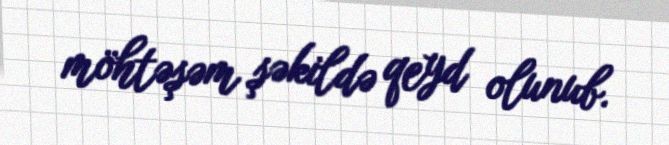
möhtəşəm şəkildə qeyd olunub.